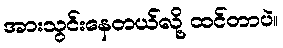
အားသွင်းနေတယ်လို့ ထင်တာပဲ။